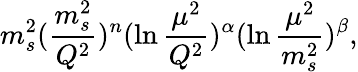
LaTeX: m_{s}^{2}(\frac{m_{s}^{2}}{Q^{2}})^{n}(\ln\frac{\mu^{2}}{Q^{2}})^{\alpha}(\ln\frac{\mu^{2}}{m_{s}^{2}})^{\beta},